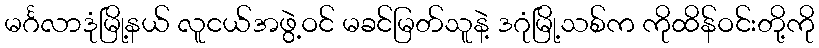
မင်္ဂလာဒုံမြို့နယ် လူငယ်အဖွဲ့ဝင် မခင်မြတ်သူနဲ့ ဒဂုံမြို့သစ်က ကိုထိန်ဝင်းတို့ကို